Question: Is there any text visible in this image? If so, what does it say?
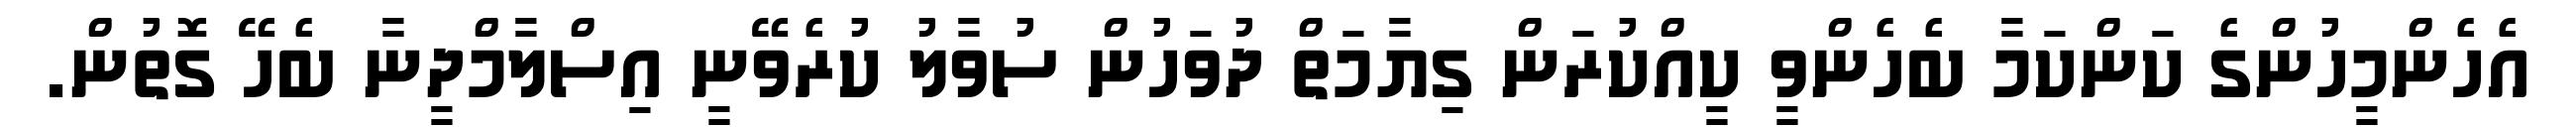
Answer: އެހެންމީހުންގެ ކަންކަމާ ބެހެންވީ ކީއްކުރަން ގިޔާމަތް ދުވަހުން ސުވާލު ކުރެވޭނީ އިސްލާމްދީނާ ބެހޭ ގޮތުން.